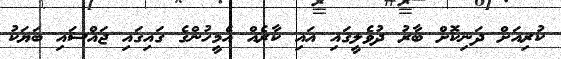
ކުރިއަށް ދަނިކޮށް ބާރު ދުވެލީގައި އައި ކާރެއް އެމީހުންގެ ގައިގައި ޖައްސައި ބަޔަކު